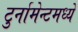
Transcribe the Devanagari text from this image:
टुर्नामेन्टमध्ये